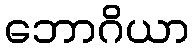
ဘောဂိယာ